Annual administration report of the Civil Veterinary Department of India - 1898-1899
Year: 1898
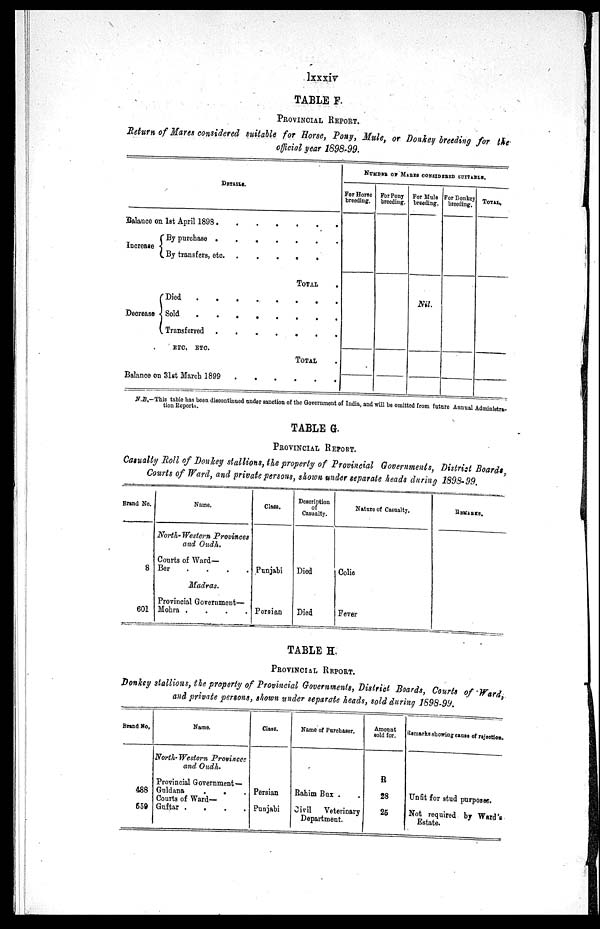
lxxxiv
TABLE F.
PROVINCIAL REPORT.
Return of Mares considered suitable for Horse, Pony, Mule, or Donkey breeding for the
official year 1898-99.
DETAILS.
Balance on 1st April 1898 ..
..
.
.
.
Increase
Decrease
By purchase .
.
.
.
.
.
.
By transfers, etc.
.
.
.
.
.
.
TOTAL .
Died
.
..
..
.
.
.
Sold
.
. .. . . .
Transferred . .. . . .
ETC. ETC.
TOTAL .
Balance on 31st March 1899. .. . . .
NUMBER OF MARIS CONSIDERED SUITABLE.
For Horse
breeding.
For Pony
breeding.
For Mule
breeding.
Nil.
For Donkey
breeding,
TOTAL.
N.B.—This table has been discontinued under sanction of the Government of India, and will be omitted from future Annual Administra-
tion Reports.
TABLE G.
PROVINCIAL REPORT.
Casualty Roll of Donkey stallions, the property of Provincial Governments, Distrist Boards,
Courts of Ward, and private persons, shown under separate heads during 1898-99.
Brand No.
8
601
Name.
North-Western Provinces
and Oudh.
Courts of Ward—
Ber . . . .
Madras.
Provincial Government—
Mohra .
.
.
.
Class.
Punjabi
Persian
Description
of
Casualty.
Died
Died
Nature of Casualty.
Colic
Fever
REMARKS.
TABLE H.
PROVINCIAL REPORT.
Donkey stallions, the property of Provincial Governments, District Boards, Courts of Ward,
and private persons, shown under separate heads, sold during 1898-99.
Brand Ho,
488
559
Name.
North-Western Provinces
and Oudh.
Provincial Government—
Guldana
.
. .
Courts of Ward—
Guftar .
.
.
.
Class.
Persian
Punjabi
Name of Purchaser.
Rahim Bux . .
Civil
Veterinary
Department.
Amount
sold for.
R
28
25
Remarks showing cause of rejection
Unfit for stud purposes.
Not required by Ward's
Estate.